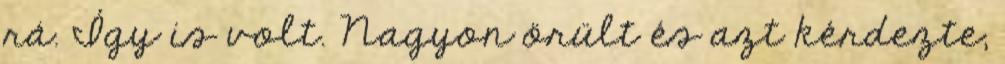
rá. Így is volt. Nagyon örült és azt kérdezte,